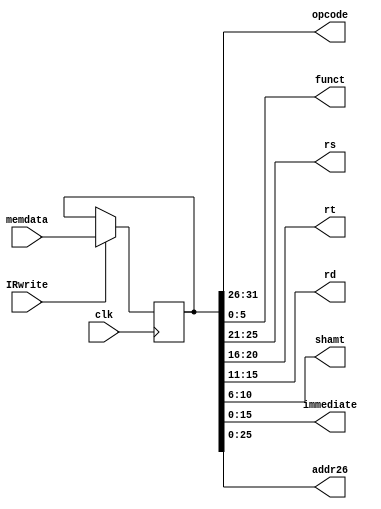




module ir(
           input [31:0]      memdata,
           input             clk, IRwrite,
           output reg [5:0]  opcode, funct,
           output reg [4:0]  rs, rt, rd, shamt,
           output reg [15:0] immediate,
           output reg [25:0] addr26);
reg   [31:0] currentmemdata;

    always @ (posedge  clk)
      begin
          if (IRwrite)
            currentmemdata  <= memdata;
      end
    always @ (*)
      begin
          opcode = currentmemdata[31:26];
          funct = currentmemdata [5:0];
          rs = currentmemdata [25:21];
          rt = currentmemdata [20:16];
          rd = currentmemdata [15:11];
          shamt = currentmemdata [10:6];
          immediate = currentmemdata [15:0];
          addr26 = currentmemdata [25:0];
      end // always @ (*)
endmodule // ir